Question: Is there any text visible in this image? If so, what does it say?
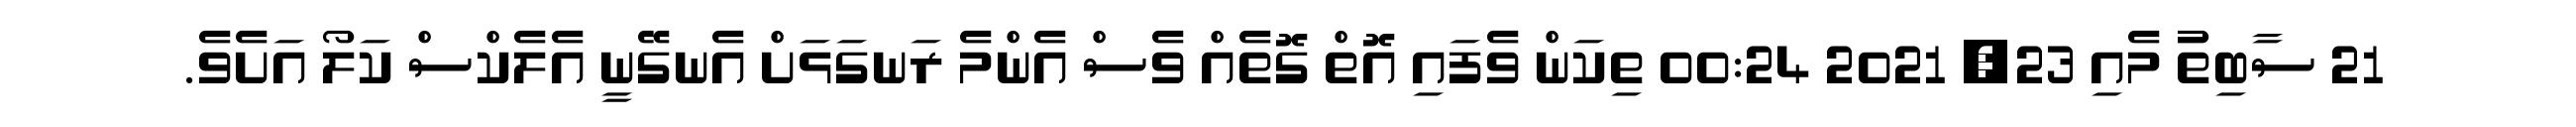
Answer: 21 ސާބިތު މެއި 23, 2021 00:24 ތިކަން ވެފައި އޮތް ގޮތެއް ވެސް އެންމެ ރަނގަޅަށް އެނގޭނީ އެލެކްސް ކަލޯ އަށެވެ.